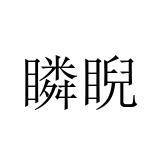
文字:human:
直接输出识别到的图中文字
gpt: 瞵睨